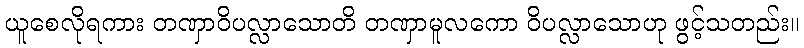
ယူစေလိုရကား တဏှာဝိပလ္လာသောတိ တဏှာမူလကော ဝိပလ္လာသောဟု ဖွင့်သတည်း။